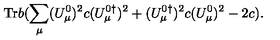
\mathrm { T r } b ( \sum _ { \mu } ( U _ { \mu } ^ { 0 } ) ^ { 2 } c ( U _ { \mu } ^ { 0 \dagger } ) ^ { 2 } + ( U _ { \mu } ^ { 0 \dagger } ) ^ { 2 } c ( U _ { \mu } ^ { 0 } ) ^ { 2 } - 2 c ) .